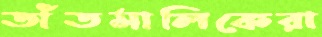
তাঁতমালিকেরা